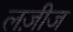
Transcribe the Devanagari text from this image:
लज़ीज